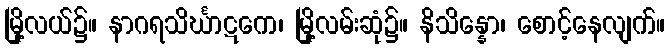
မြို့လယ်၌။ နာဂရသိင်္ဃာဋကေ၊ မြို့လမ်းဆုံ၌။ နိသိန္နော၊ စောင့်နေလျက်။